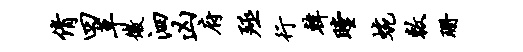
倩四草微泗凶府殛行韩瞠蜿敕珊